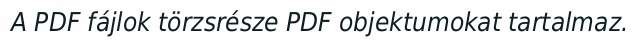
A PDF fájlok törzsrésze PDF objektumokat tartalmaz.